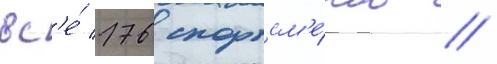
вс'е́ 176 спортсм'е́нов //